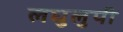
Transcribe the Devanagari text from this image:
लघुलुपी